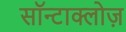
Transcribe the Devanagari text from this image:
सॉन्टाक्लोज़